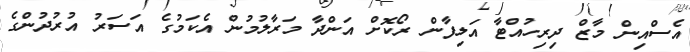
އެސްއިން މާޒް ދިރިހުއްޓާ އަލިފާން ރޯކޮށް އަންދާ މަރާލުމުން އެކަމުގެ އަސަރު އުރުދުންގެ